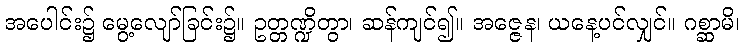
အပေါင်း၌ မွေ့လျော်ခြင်း၌။ ဥတ္တဏ္ဍိတွာ၊ ဆန်ကျင်၍။ အဇ္ဇေန၊ ယနေ့ပင်လျှင်။ ဂစ္ဆာမိ၊